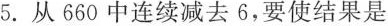
5.从660中连续减去6，要使结果是